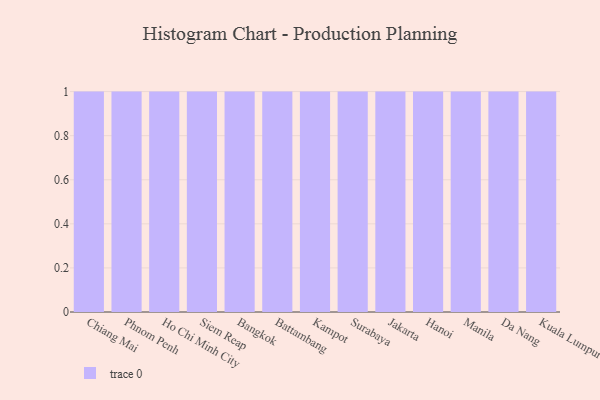
{"axis": {"x": "City", "y": "Bounce Rate (%)"}, "legend": [""], "data": [{"x": "Chiang Mai", "y": 15, "type": ""}, {"x": "Phnom Penh", "y": 43, "type": ""}, {"x": "Ho Chi Minh City", "y": 10, "type": ""}, {"x": "Siem Reap", "y": 93, "type": ""}, {"x": "Bangkok", "y": 80, "type": ""}, {"x": "Battambang", "y": 46, "type": ""}, {"x": "Kampot", "y": 27, "type": ""}, {"x": "Surabaya", "y": 72, "type": ""}, {"x": "Jakarta", "y": 91, "type": ""}, {"x": "Hanoi", "y": 48, "type": ""}, {"x": "Manila", "y": 40, "type": ""}, {"x": "Da Nang", "y": 20, "type": ""}, {"x": "Kuala Lumpur", "y": 20, "type": ""}]}